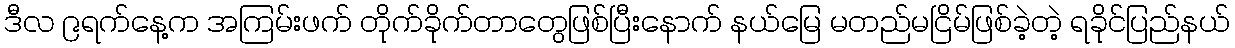
ဒီလ ၉ရက်နေ့က အကြမ်းဖက် တိုက်ခိုက်တာတွေဖြစ်ပြီးနောက် နယ်မြေ မတည်မငြိမ်ဖြစ်ခဲ့တဲ့ ရခိုင်ပြည်နယ်